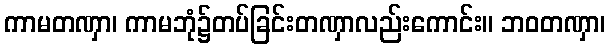
ကာမတဏှာ၊ ကာမဘုံ၌တပ်ခြင်းတဏှာလည်းကောင်း။ ဘဝတဏှာ၊